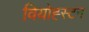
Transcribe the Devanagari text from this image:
वियोह्स्टन